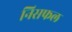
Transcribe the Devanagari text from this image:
निसफल